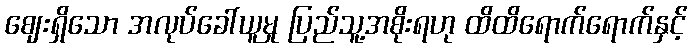
ဈေးရှိသော အလုပ်ခေါ်ယူမှု ပြည်သူ့အစိုးရဟု ထိထိရောက်ရောက်နှင့်